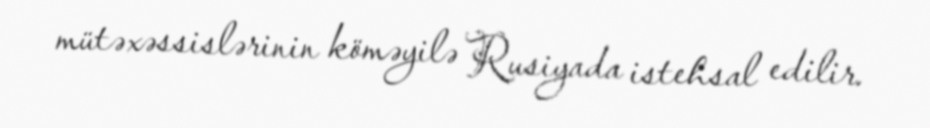
mütəxəssislərinin köməyilə Rusiyada istehsal edilir.